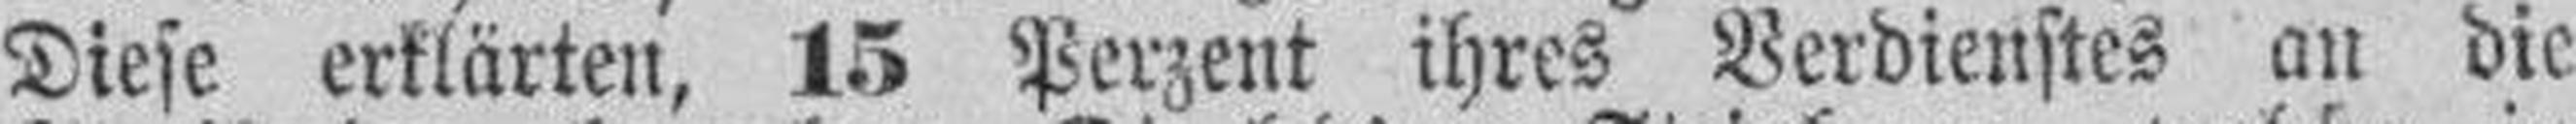
Diese erklärten, 15 Perzent ihres Verdienstes an die